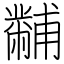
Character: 黼